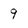
Character: 9